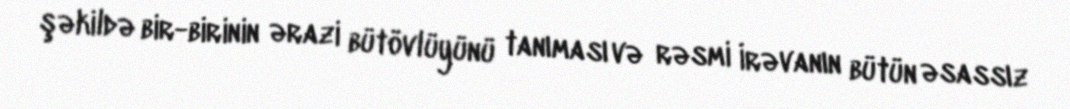
şəkildə bir-birinin ərazi bütövlüyünü tanıması və rəsmi İrəvanın bütün əsassız